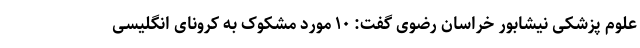
علوم پزشکی نیشابور خراسان رضوی گفت: ۱۰ مورد مشکوک به کرونای انگلیسی